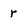
Character: r